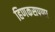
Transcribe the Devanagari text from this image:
हिणकसपणा